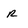
Character: r